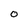
Character: O